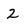
Character: 2